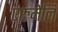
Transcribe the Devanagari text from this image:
एरुमेलि